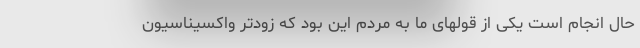
حال انجام است یکی از قولهای ما به مردم این بود که زودتر واکسیناسیون